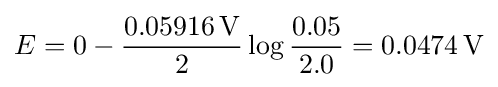
E=0-{\frac {0.05916\,\mathrm {V} }{2}}\log {\frac {0.05}{2.0}}=0.0474\,\mathrm {V}